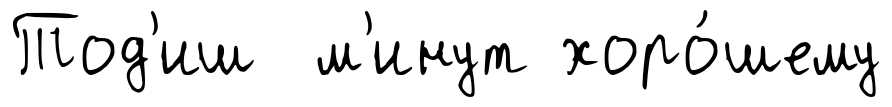
Тод'иш м'инут хоро́шему